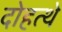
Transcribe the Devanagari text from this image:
दोहत्थे